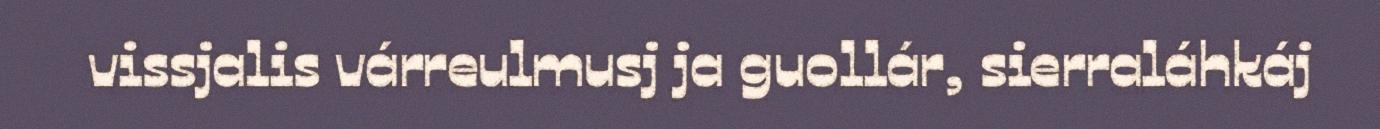
vissjalis várreulmusj ja guollár, sierraláhkáj